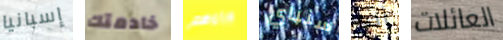
إسبانيا خادمتك وراءهم سنباي أنه العائلات